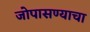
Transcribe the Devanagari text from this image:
जोपासण्याचा